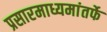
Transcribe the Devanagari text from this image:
प्रसारमाध्यमांतर्फे